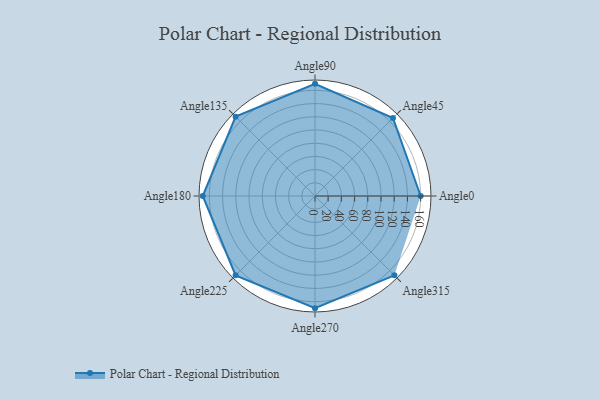
{"axis": {"x": "Angle", "y": "Radius"}, "legend": [""], "data": [{"x": "Angle0", "y": 160.0, "type": ""}, {"x": "Angle45", "y": 167.0, "type": ""}, {"x": "Angle90", "y": 170, "type": ""}, {"x": "Angle135", "y": 170, "type": ""}, {"x": "Angle180", "y": 170, "type": ""}, {"x": "Angle225", "y": 170, "type": ""}, {"x": "Angle270", "y": 170, "type": ""}, {"x": "Angle315", "y": 170, "type": ""}]}